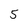
Character: 5